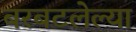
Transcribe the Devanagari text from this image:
बरबटलेल्या